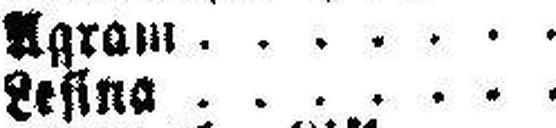
Lesina